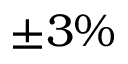
\pm { 3 \% }